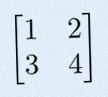
\begin{bmatrix}1&2\\3&4\end{bmatrix}